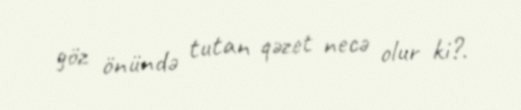
göz önündə tutan qəzet necə olur ki?.